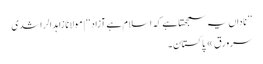
’’ناداں یہ سمجھتا ہے کہ اسلام ہے آزاد‘‘ | مولانا زاہد الراشدی
سرورق » پاکستان ۔